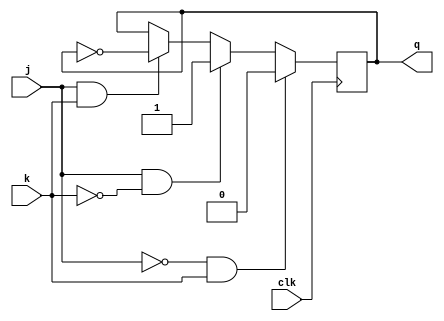
// implement 4 bit synchronous adder using J-K flip flops
module jk_ff(input clk,input j,input k,output reg q);
initial q<=0;
always @(posedge clk) begin
    if(j==0 && k==1) begin
       q<=0; 
    end
    else if (j==1 && k==0) begin
        q<=1;
    end
    else if (j==1 && k==1) begin
        q<=~q;
    end
end
endmodule

// module testbench;
// reg j,k,clk;
// wire q;
// jk_ff jk(clk,j,k,q);
// initial begin
//     clk=0;
//     // q=0;
// end
// always #3 clk=~clk;
// initial $monitor($time," j=%b, k=%b, q=%b",j,k,q);
// initial begin
//     #4 j=0;k=0;
//     #4 j=0;k=1;
//     #4 j=1;k=0;
//     #4 j=1;k=1;
//     #60 $finish;
// end
// endmodule